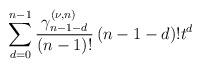
LaTeX: \begin{align*}\sum\limits_{d=0}^{n-1}\frac{\gamma _{n-1-d}^{(\nu ,n)}}{(n-1)!}\left(n-1-d\right) !t^{d} \end{align*}